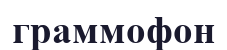
граммофон